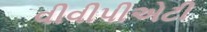
વીવીપીએટી